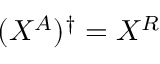
( X ^ { A } ) ^ { \dag } = X ^ { R }